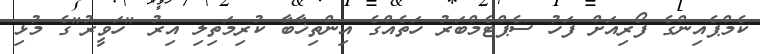
ކެމްޕެއިންގެ ފޯރިއަށް ފަހު ސެޕްޓެމްބަރު ހަތެއްގެ އިންތިޚާބާ ކުރިމަތިލި އިރު "ހަވީރު"ގެ މުޅި